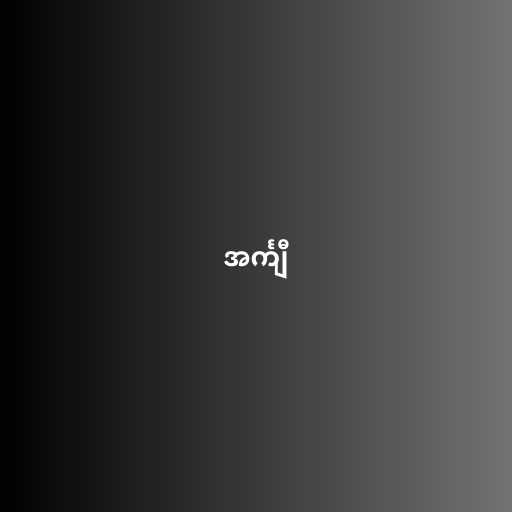
အင်္ကျီ